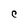
Character: C